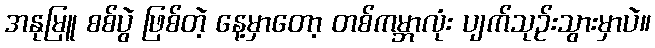
အနုမြူ စစ်ပွဲ ဖြစ်တဲ့ နေ့မှာတော့ တစ်ကမ္ဘာလုံး ပျက်သုဉ်းသွားမှာပဲ။